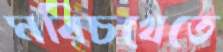
মরিচখেতে